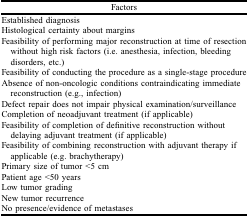
<table><thead><tr><td><b>Factors</b></td></tr></thead><tbody><tr><td>Established diagnosis</td></tr><tr><td>Histological certainty about margins</td></tr><tr><td>Feasibility of performing major reconstruction at time of resection without high risk factors (i.e. anesthesia, infection, bleeding disorders, etc.)</td></tr><tr><td>Feasibility of conducting the procedure as a single-stage procedure</td></tr><tr><td>Absence of non-oncologic conditions contraindicating immediate reconstruction (e.g., infection)</td></tr><tr><td>Defect repair does not impair physical examination/surveillance</td></tr><tr><td>Completion of neoadjuvant treatment (if applicable)</td></tr><tr><td>Feasibility of completion of definitive reconstruction without delaying adjuvant treatment (if applicable)</td></tr><tr><td>Feasibility of combining reconstruction with adjuvant therapy if applicable (e.g. brachytherapy)</td></tr><tr><td>Primary size of tumor &lt;5 cm</td></tr><tr><td>Patient age &lt;50 years</td></tr><tr><td>Low tumor grading</td></tr><tr><td>New tumor recurrence</td></tr><tr><td>No presence/evidence of metastases</td></tr></tbody></table>